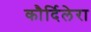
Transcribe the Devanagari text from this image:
कौर्दिलेरा